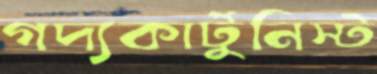
গদ্যকার্টুনিস্ট